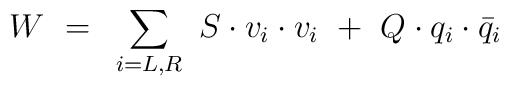
W ~= ~\sum_{i = L, R}  ~ S \cdot v_i  \cdot v_i   ~+~        Q  \cdot q_i \cdot \bar{q}_i